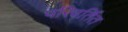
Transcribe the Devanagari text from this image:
परिवर्तिंत